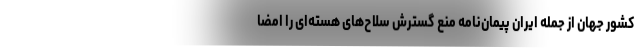
کشور جهان از جمله ایران پیمان‌نامه منع گسترش سلاح‌های هسته‌ای را امضا